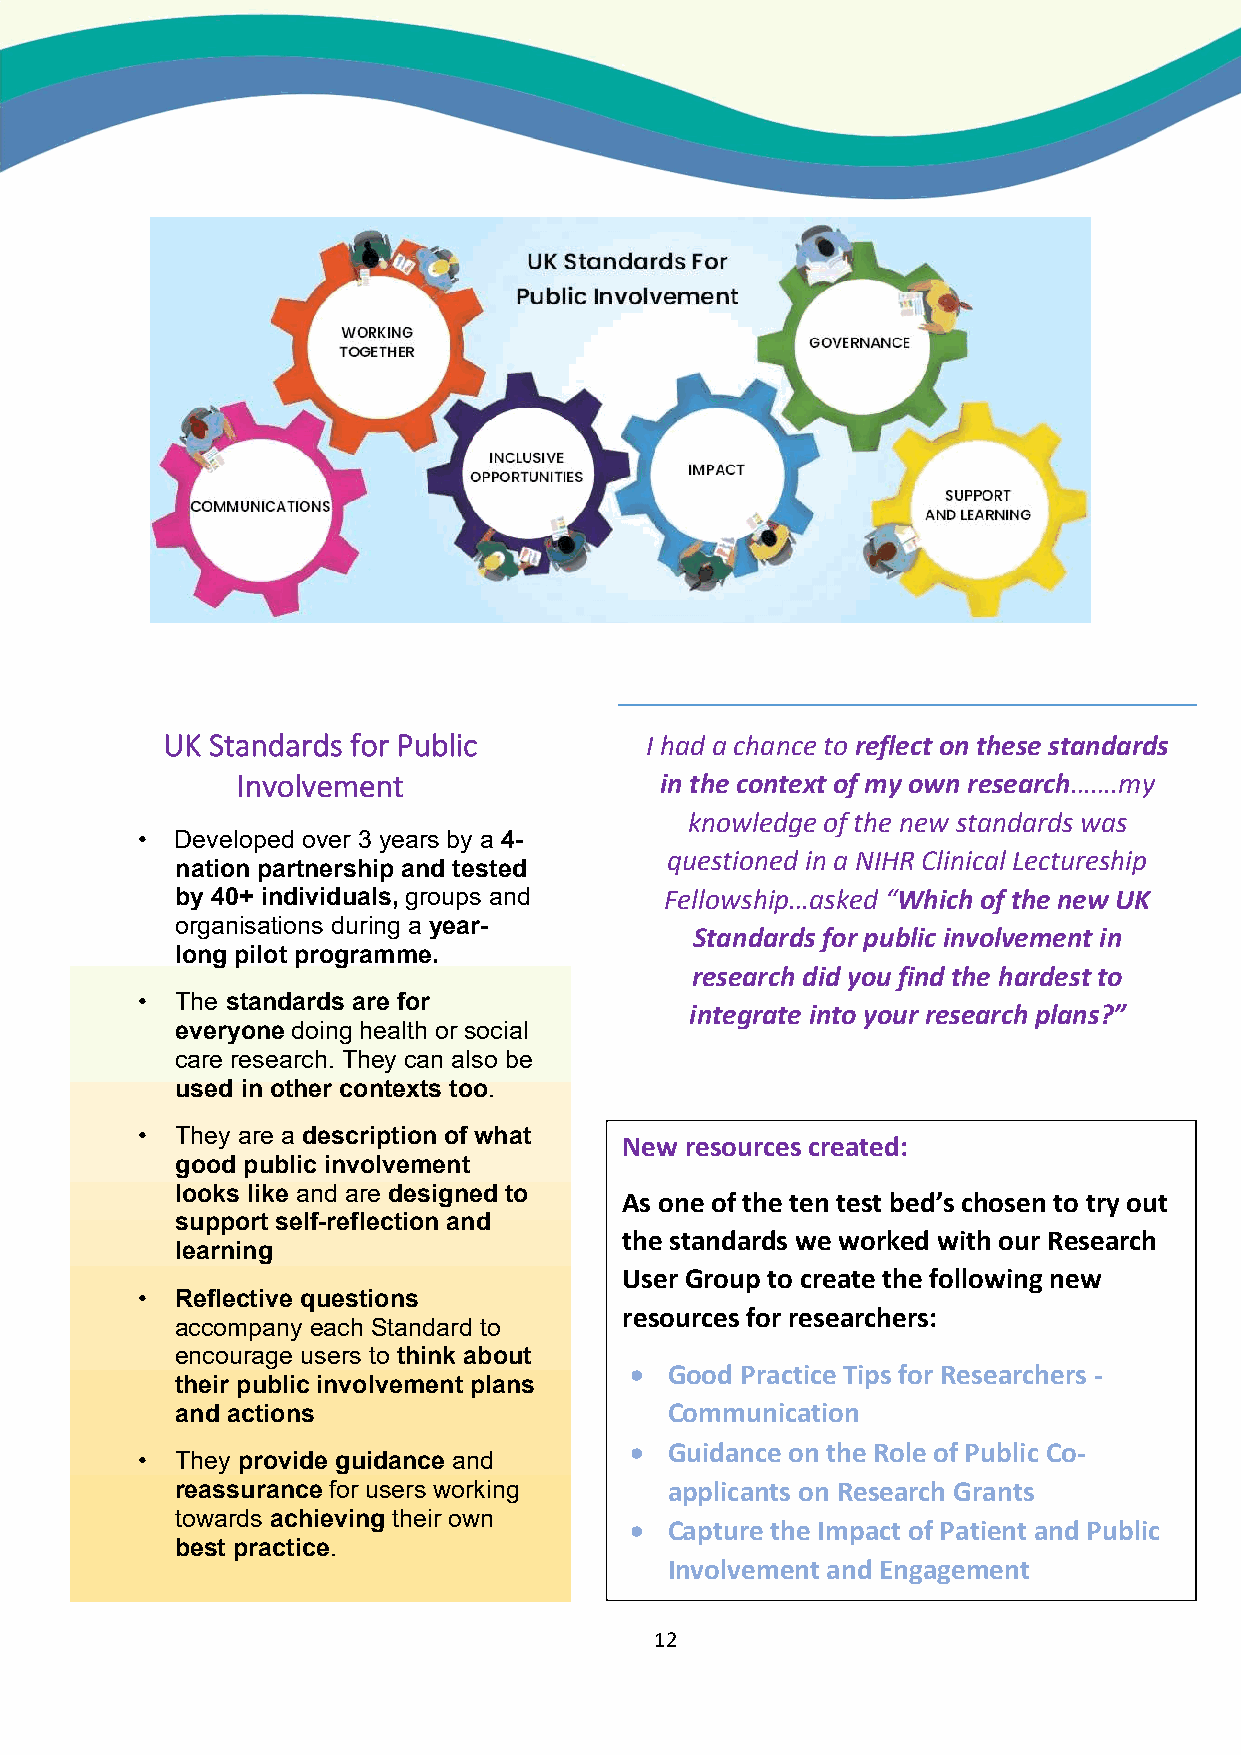
UK Standards for Public         I had a chance to reflect on these standards
 Involvement                 in the context of my own research…….my
 knowledge of the new standards was
 •  Developed over 3 years by a 4-
 questioned in a NIHR Clinical Lectureship
 nation partnership and tested
 by 40+ individuals, groups and  Fellowship…asked “Which of the new UK
 organisations during a year-
 Standards for public involvement in
 long pilot programme.
 research did you find the hardest to
 •  The standards are for
 integrate into your research plans?”
 everyone doing health or social
 care research. They can also be
 used in other contexts too.
 •  They are a description of what
 New resources created:
 good public involvement
 looks like and are designed to
 As one of the ten test bed’s chosen to try out
 support self-reflection and
 the standards we worked with our Research
 learning
 User Group to create the following new
 •  Reflective questions
 resources for researchers:
 accompany each Standard to
 encourage users to think about
  Good Practice Tips for Researchers -
 their public involvement plans
 and actions                     Communication
  Guidance on the Role of Public Co-
 •  They provide guidance and
 reassurance for users working   applicants on Research Grants
 towards achieving their own
  Capture the Impact of Patient and Public
 best practice.
 Involvement and Engagement
 12